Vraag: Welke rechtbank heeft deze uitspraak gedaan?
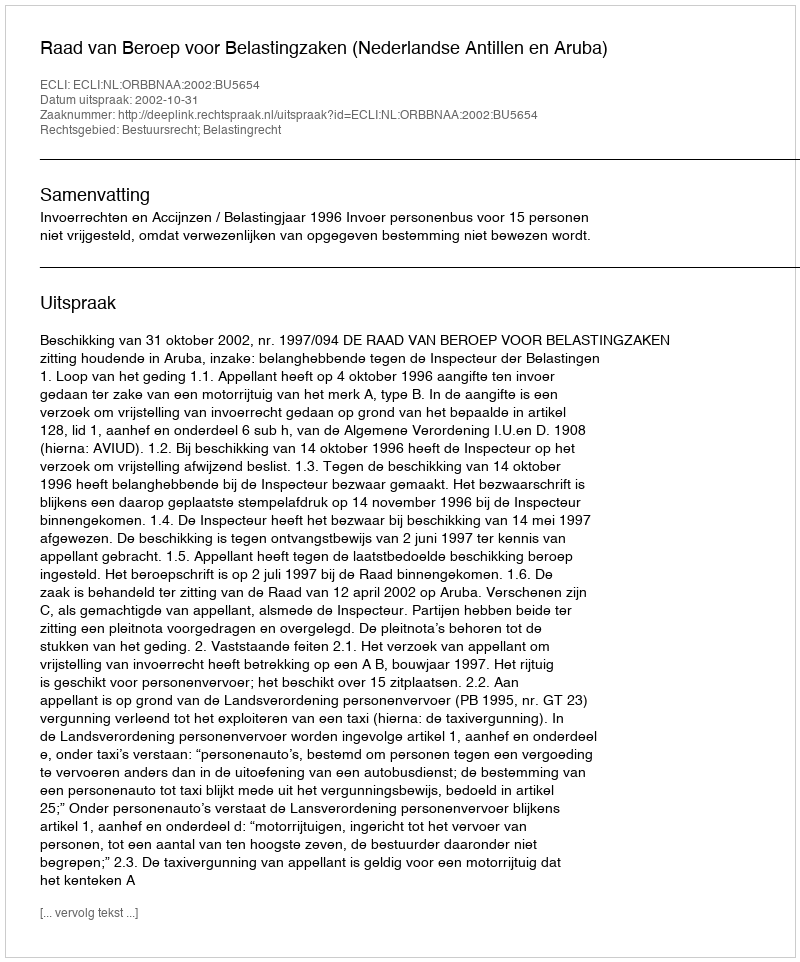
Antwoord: Raad van Beroep voor Belastingzaken (Nederlandse Antillen en Aruba)